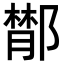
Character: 𨝵